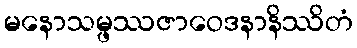
မနောသမ္ဖဿဇာဝေဒနာနိဿိတံ